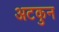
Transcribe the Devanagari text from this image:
अटकुन